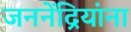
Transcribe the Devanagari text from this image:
जननेंद्रियांना